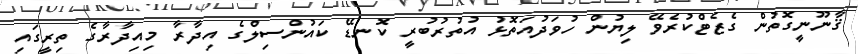
ޤާނޫނީގޮތުން ގެޒެޓްކުރެވޭ ލިޔުން ހުވަދުއަތޮޅު އުތުރުބުރީ ކޮނޑޭ ކައުންސިލްގެ އިދާރާ މިއިދާރާގެ ތިރީގައި